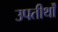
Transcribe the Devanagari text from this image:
उपतीर्थों